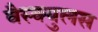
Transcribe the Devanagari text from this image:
वैस्क्युलस